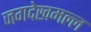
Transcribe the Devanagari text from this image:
जगदेखमल्ल